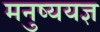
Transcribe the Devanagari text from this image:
मनुष्ययज्ञ